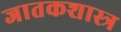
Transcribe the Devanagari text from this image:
जातकशास्त्र